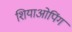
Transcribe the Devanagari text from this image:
शियाओपिंग